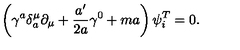
\left( \gamma ^ { a } \delta _ { a } ^ { \mu } \partial _ { \mu } + \frac { a ^ { \prime } } { 2 a } \gamma ^ { 0 } + m a \right) \psi _ { i } ^ { T } = 0 .